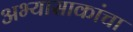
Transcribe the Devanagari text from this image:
अभ्यासाकांचा